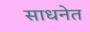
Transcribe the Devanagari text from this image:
साधनेत